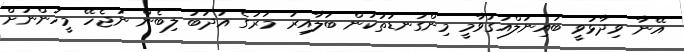
އޭނާ ވިދާޅުވީ ބައިނަލްއަގުވާމީ މިންގަނޑުތަކުން ބަލާއިރު މަރުގެ އަދަބު ލިބެން ނުޖެހޭ މީހުންނަށް